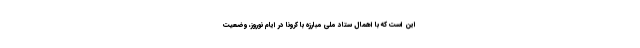
این است که با اهمال ستاد ملی مبارزه با کرونا در ایام نوروز، وضعیت